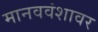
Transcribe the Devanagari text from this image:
मानववंशावर